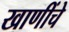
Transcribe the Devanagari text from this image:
खाणींचे